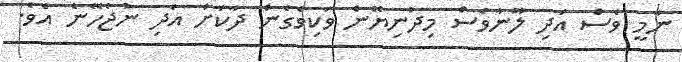
ނާމީ ވެސް އަދި ލޫނާވެސް މިދުނިޔޭން ވަކިވެގެން ދާކަށް އަދި ނުޖެހޭނެ އެވެ.